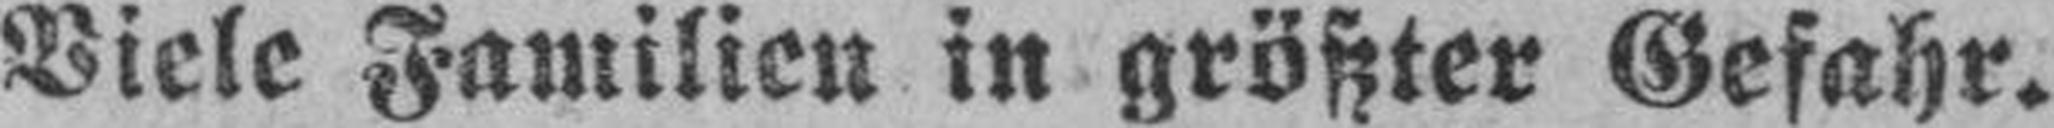
Viele Familien in größter Gefahr.